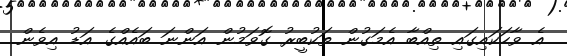
އެ ވާހަކައިގައި ތިއްބާ އެމަގުން ތަކުބީރު ގޮވަމުން އަންނަ ބައެއްގެ އަޑު އިވެން